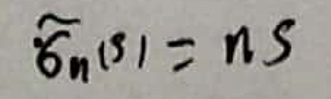
$\widetilde{\delta}_{n}(s)=ns$